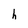
Character: h